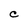
Character: C